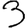
Digit: 3